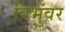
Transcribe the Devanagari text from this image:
विभुंवर